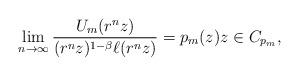
LaTeX: \begin{align*} \lim_{n \to \infty} \frac{U_m(r^n z)}{(r^n z)^{1-\beta} \ell(r^n z)} = p_m(z)z \in C_{p_m}, \end{align*}